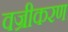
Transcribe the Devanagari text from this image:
वज्रीकरण